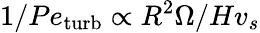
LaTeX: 1/Pe_{\mathrm{turb}}\propto R^{2}\Omega/Hv_{s}